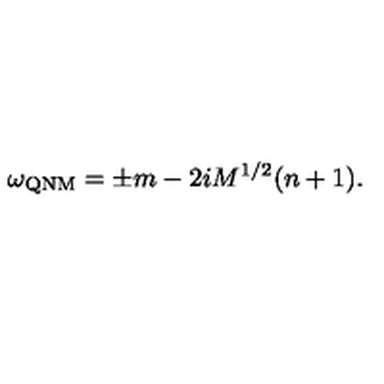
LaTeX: \omega _ { \mathrm { Q N M } } = \pm m - 2 i M ^ { 1 / 2 } ( n + 1 ) .